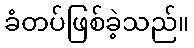
ခံတပ်ဖြစ်ခဲ့သည်။